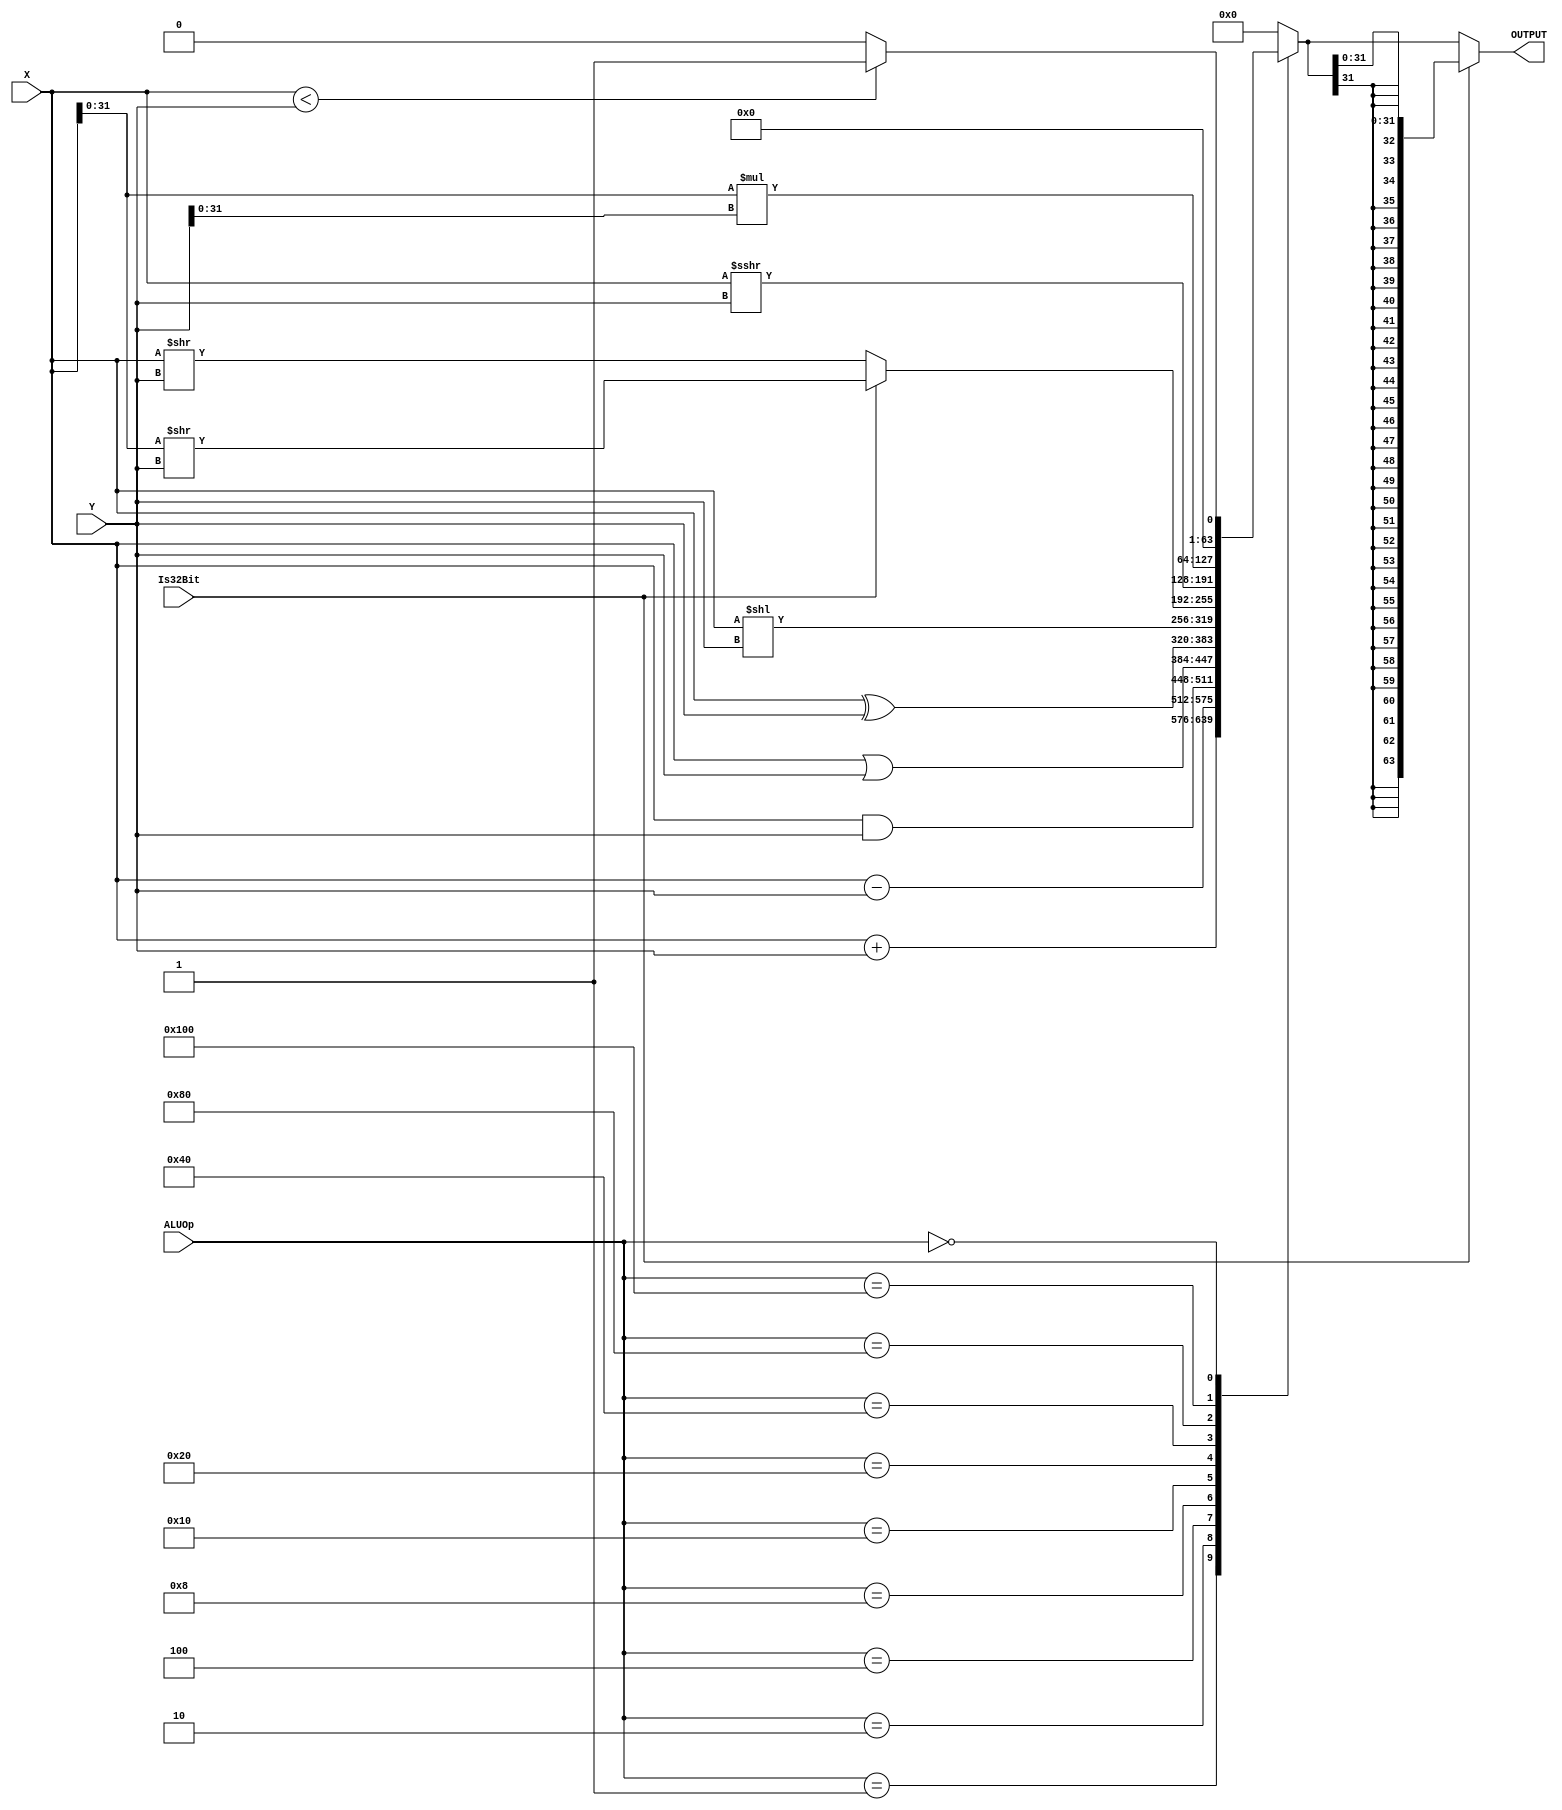
module ALU(
    input   [63:0]    X,
    input   [63:0]    Y,
    input             Is32Bit,
    input   [14:0]    ALUOp,
    output  [63:0]    OUTPUT
);
    reg         [63:0]  RESULT;
    wire signed [63:0]  sX = X;
    wire signed [63:0]  sY = Y;


    always @(*) begin
        case (ALUOp)
            11'h0001:  RESULT = X + Y;  // add
            11'h0002:  RESULT = X - Y;  // sub
            11'h0004:  RESULT = X & Y;  // and
            11'h0008:  RESULT = X | Y;  // or
            11'h0010:  RESULT = X ^ Y;  // xor
            11'h0020:  RESULT = X << Y; // shift left logical
            11'h0040:  RESULT = Is32Bit? {32'b0, X[31:0]} >> Y: X >> Y; // shift right logical
            11'h0080:  RESULT = sX >>> Y;   // shift right arithmetic
            11'h0100:  RESULT = sX[31:0]*sY[31:0];      // mul
            //11'h0200:  RESULT = sX * sY;    // mulh，signed*signed*
            //11'h0400:  RESULT = sX / sY;    // div，X和Y为补码，向0舍入
            //11'h0800:  RESULT = sX % sY;    // rem，X和Y为补码
            11'h1000:  RESULT = sX < sY ? 1 : 0; // set less than (slt)
            11'h2000:  RESULT = X < Y ? 1 : 0;   // set less than (sltu)
            //11'h4000:  RESULT = X == Y;
            default:   RESULT = 0;
        endcase
    end

    assign OUTPUT = Is32Bit? {{32{RESULT[31]}}, RESULT[31:0]}: RESULT[63:0];

endmodule